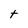
Character: t